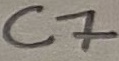
Text: C7